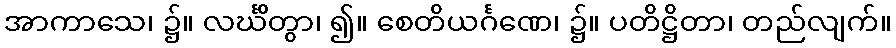
အာကာသေ၊ ၌။ လင်္ဃိတွာ၊ ၍။ စေတိယင်္ဂဏေ၊ ၌။ ပတိဋ္ဌိတာ၊ တည်လျက်။